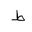
Letter: _da